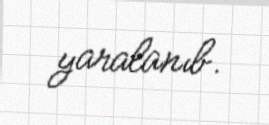
yaralanıb.